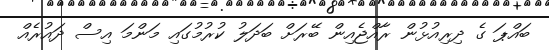
ބައްޕަ ގެ ދިރިއުޅުން ރާއްޖެއިން ބޭރަށް ބަދަލު ކުރުމުގައި މަންމަ އިސް ދައުރެއް